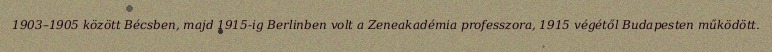
1903–1905 között Bécsben, majd 1915-ig Berlinben volt a Zeneakadémia professzora, 1915 végétől Budapesten működött.